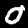
Digit: 0